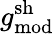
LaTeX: g_{\mathrm{mod}}^{\mathrm{sh}}